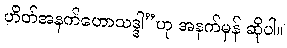
ဟိတ်အနက်ဟောသဒ္ဒါ”ဟု အနက်မှန် ဆိုပါ။